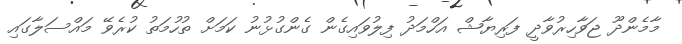
މާމެންދޫ ޖަވާހިރުވާދީ ފަރިޔާޝް އަހްމަދު ފިލުވައިގެން ގެންގުޅުނު ކަމަށް ތުހުމަތު ކުރެވޭ މައްސަލާގައި